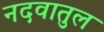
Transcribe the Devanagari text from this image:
नदवातुल